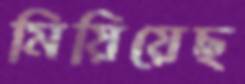
মিয়িয়েছ